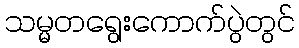
သမ္မတရွေးကောက်ပွဲတွင်